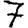
Digit: 7